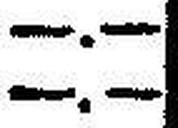
—.—